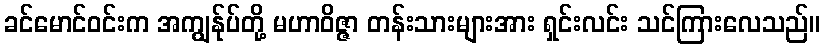
ခင်မောင်ဝင်းက အကျွန်ုပ်တို့ မဟာဝိဇ္ဇာ တန်းသားများအား ရှင်းလင်း သင်ကြားလေသည်။